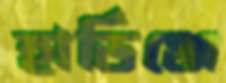
হার্ডিঞ্জে